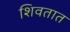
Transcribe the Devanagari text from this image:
शिवतात